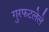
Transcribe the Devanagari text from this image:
गुरफटलेले